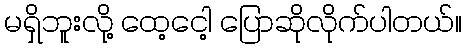
မရှိဘူးလို့ ထေ့ငေါ့ ပြောဆိုလိုက်ပါတယ်။